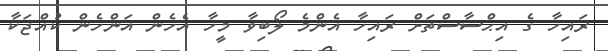
ރައިހާ ގެ އިޙްސާސްތަށް ރައިހާ އެންމެ ލޯބިވާ މީހާ އެހެން އަންހެން ކުއްޖަކާ